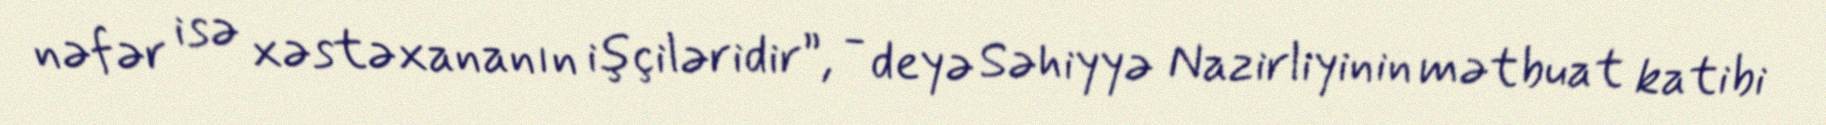
nəfər isə xəstəxananın işçiləridir”, - deyə Səhiyyə Nazirliyinin mətbuat katibi